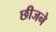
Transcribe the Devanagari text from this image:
छीजने